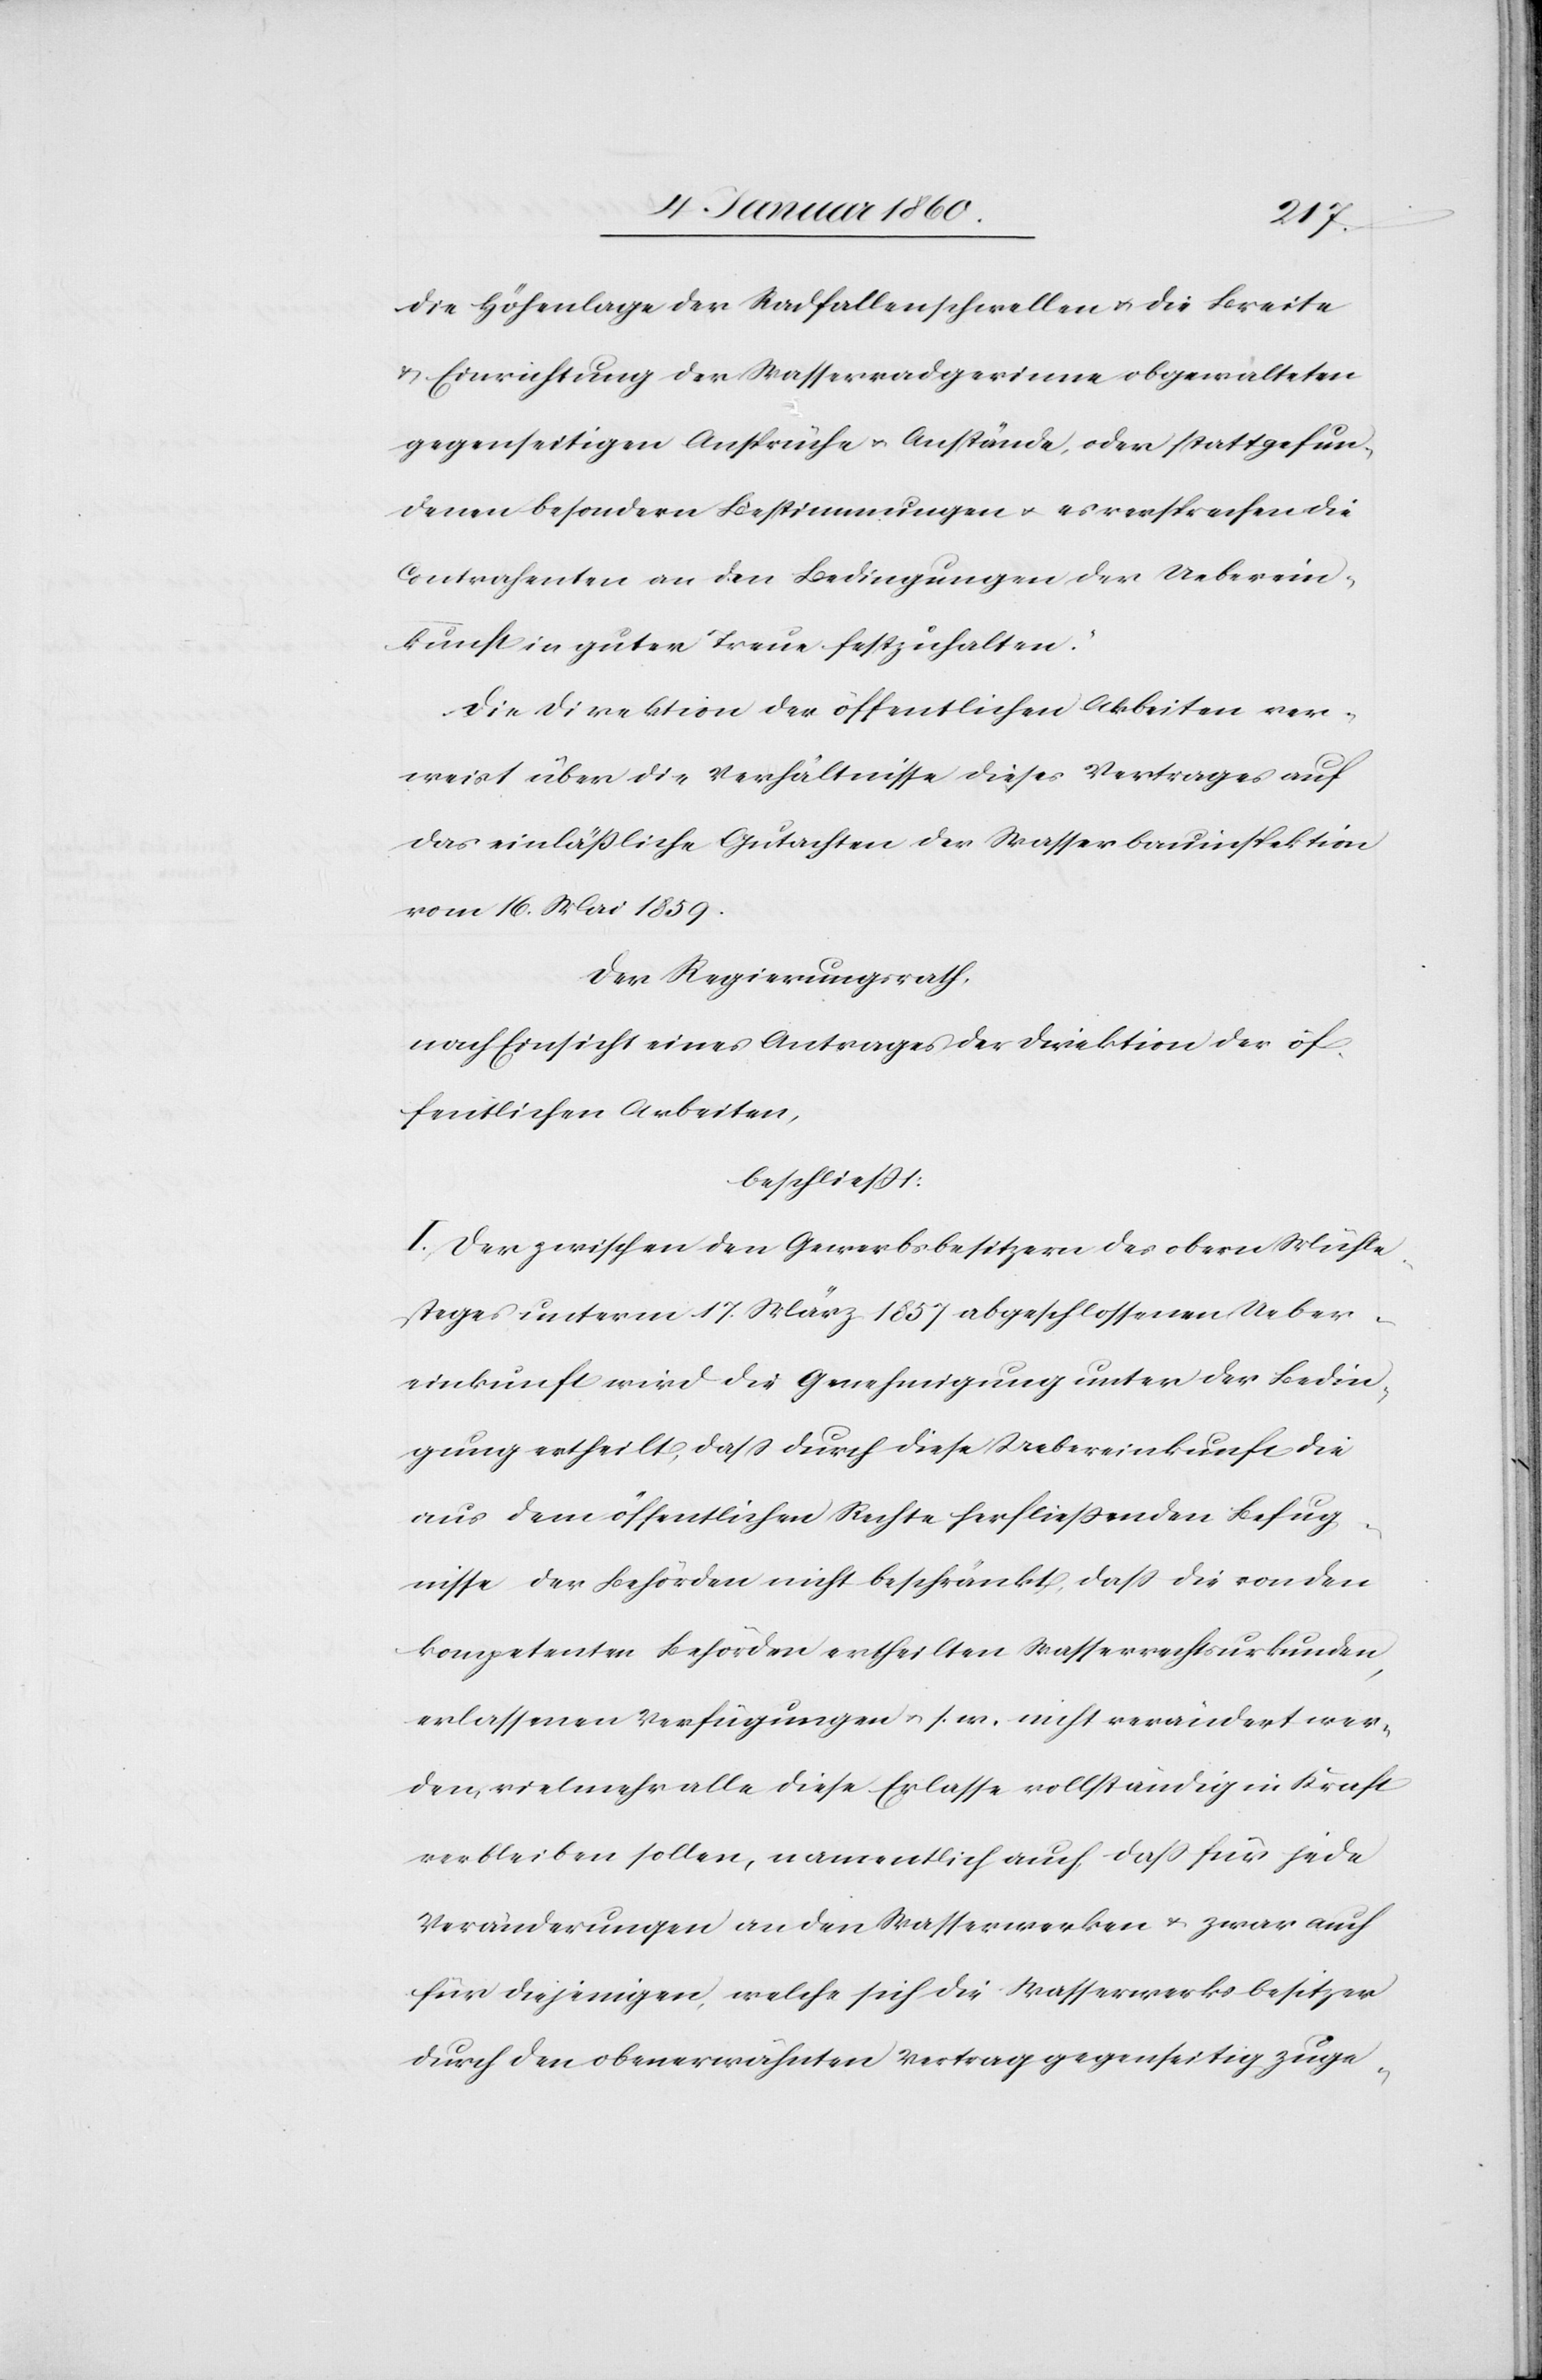
die Höhenlage der Radfallenschwellen u. die Breite
u. Einrichtung der Wasserradgerinne obgewalteten
gegenseitigen Ansprüche u. Anstände, oder stattgefun¬
denen besondern Bestimmungen u. es versprechen die
Contrahenten an den Bedingungen der Ueberein¬
kunft in guter Treue festzuhalten.“
Die Direktion der öffentlichen Arbeiten ver¬
weist über die Verhältnisse dieses Vertrages auf
das einlässliche Gutachten der Wasserbauinspektion
vom 16. Mai 1859.
Der Regierungsrath,
nach Einsicht eines Antrages der Direktion der öf¬
fentlichen Arbeiten,
beschliesst:
I. Der zwischen den Gewerbsbesitzern des obern Mühle¬
steges unterm 17. März 1857 abgeschlossenen Ueber¬
einkunft wird die Genehmigung unter der Bedin¬
gung ertheilt, dass durch diese Uebereinkunft die
aus dem öffentlichen Rechte herfliessenden Befug¬
nisse der Behörden nicht beschränkt, dass die von den
kompetenten Behörden ertheilten Wasserrechtsurkunden,
erlassenen Verfügungen u. s. w. nicht verändert wer¬
den, vielmehr alle diese Erlasse vollständig in Kraft
verbleiben sollen, namentlich auch, daß für jede
Veränderungen an den Wasserwerken u. zwar auch
für diejenigen, welche sich die Wasserwerksbesitzer
durch den obenerwähnten Vertrag gegenseitig zuge-